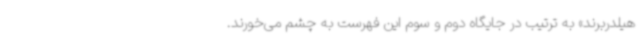
هیلدربرند» به ترتیب در جایگاه دوم و سوم این فهرست به چشم می‌خورند.